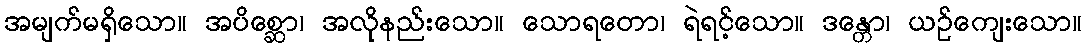
အမျက်မရှိသော။ အပိစ္ဆော၊ အလိုနည်းသော။ သောရတော၊ ရဲရင့်သော။ ဒန္တော၊ ယဉ်ကျေးသော။